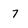
Character: 7